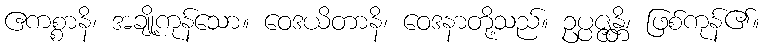
ဧကစ္စာနိ၊ အချို့ကုန်သော။ ဝေဒယိတာနိ၊ ဝေဒနာတို့သည်။ ဥပ္ပဇ္ဇန္တိ၊ ဖြစ်ကုန်၏။